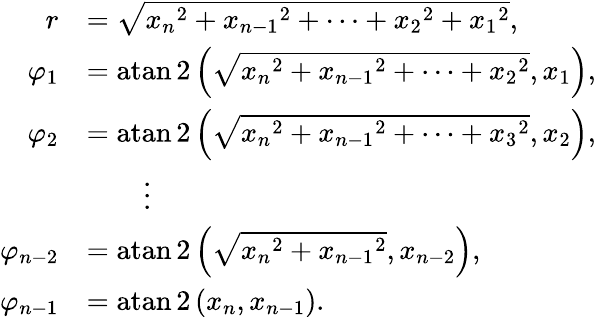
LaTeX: {\begin{array}{rl}{r}&{={\textstyle{\sqrt{{x_{n}}^{2}+{x_{n-1}}^{2}+\cdots+{x_{2}}^{2}+{x_{1}}^{2}}}},}\\ {\varphi_{1}}&{=\operatorname{atan2}\left({\textstyle{\sqrt{{x_{n}}^{2}+{x_{n-1}}^{2}+\cdots+{x_{2}}^{2}}}},x_{1}\right),}\\ {\varphi_{2}}&{=\operatorname{atan2}\left({\textstyle{\sqrt{{x_{n}}^{2}+{x_{n-1}}^{2}+\cdots+{x_{3}}^{2}}}},x_{2}\right),}\\ &{\qquad\vdots}\\ {\varphi_{n-2}}&{=\operatorname{atan2}\left({\textstyle{\sqrt{{x_{n}}^{2}+{x_{n-1}}^{2}}}},x_{n-2}\right),}\\ {\varphi_{n-1}}&{=\operatorname{atan2}\left(x_{n},x_{n-1}\right).}\end{array}}